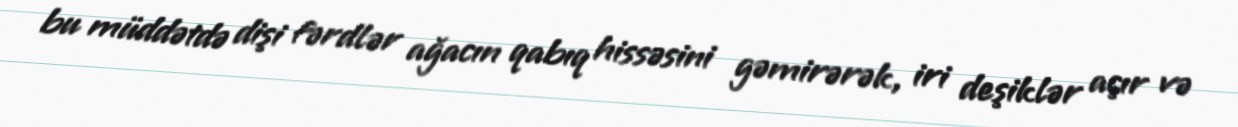
bu müddətdə dişi fərdlər ağacın qabıq hissəsini gəmirərək, iri deşiklər açır və